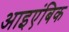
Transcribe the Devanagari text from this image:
आइएंबिक